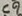
Text: C9